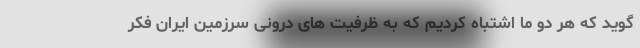
گوید که هر دو ما اشتباه کردیم که به ظرفیت های درونی سرزمین ایران فکر